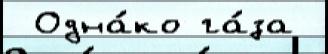
 Одна́ко га́за